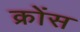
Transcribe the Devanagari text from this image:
क्रोंस